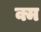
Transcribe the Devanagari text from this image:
क्म